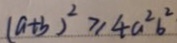
( a + b ) ^ { 2 } \geq 4 a ^ { 2 } b ^ { 2 }